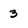
Character: 3